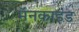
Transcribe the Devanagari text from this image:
मॅनकाइंड